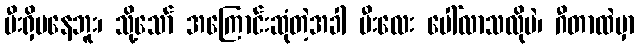
မီးရှိမနေဘူး၊ သို့သော် အကြောင်းဆုံတဲ့အခါ မီးလေး ပေါ်လာသလိုပဲ၊ ဂီတာထဲမှာ